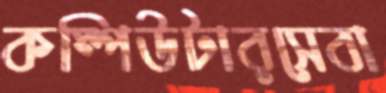
কম্পিউটারসেবা